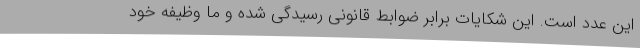
این عدد است. این شکایات برابر ضوابط قانونی رسیدگی شده و ما وظیفه خود